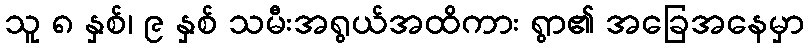
သူ ၈ နှစ်၊ ၉ နှစ် သမီးအရွယ်အထိကား ရွာ၏ အခြေအနေမှာ